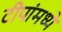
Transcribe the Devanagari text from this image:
टीपांमध्ये